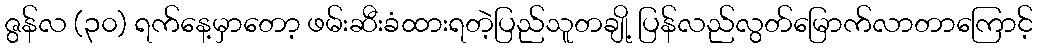
ဇွန်လ (၃၀) ရက်နေ့မှာတော့ ဖမ်းဆီးခံထားရတဲ့ပြည်သူတချို့ ပြန်လည်လွတ်မြောက်လာတာကြောင့်